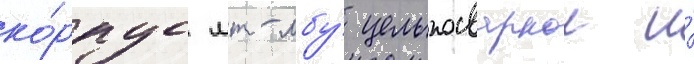
ко́рпус мт-лбу́ цельносварнои и́